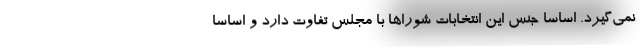
نمی‌گیرد. اساسا جنس این انتخابات شورا‌ها با مجلس تفاوت دارد و اساسا